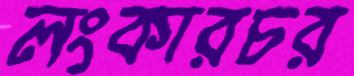
লংকারচর